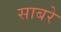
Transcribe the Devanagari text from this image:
साबरे